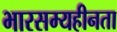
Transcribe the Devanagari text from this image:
भारसम्यहीनता